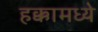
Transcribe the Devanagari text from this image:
हक्कामध्ये